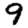
Digit: 9